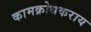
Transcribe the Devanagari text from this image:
कामक्रोधकराय